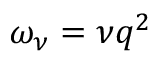
\omega _ { \nu } = \nu q ^ { 2 }